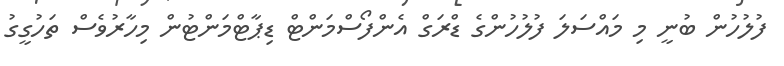
ފުލުހުން ބުނީ މި މައްސަލަ ފުލުހުންގެ ޑްރަގް އެންފޯސްމަންޓް ޑިޕާޓްމަންޓުން މިހާރުވެސް ތަހުގީގު